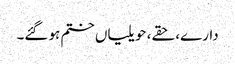
دارے، حقے، حویلیاں ختم ہو گئے۔